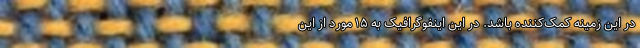
در این زمینه کمک‌کننده باشد. در این اینفوگرافیک به ۱۵ مورد از این